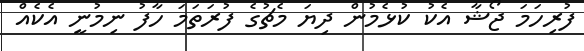
ފުރިހަމަ ޖޯޝާ އެކު ކުޅެމުން ދިޔަ މެޗުގެ ފުރަތަމަ ހާފު ނިމުނީ އެކެއް